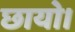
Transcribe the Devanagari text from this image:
छायो।